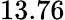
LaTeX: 13.76